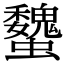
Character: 𧕞